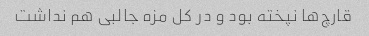
قارچ‌ها نپخته بود و در کل مزه جالبی هم نداشت